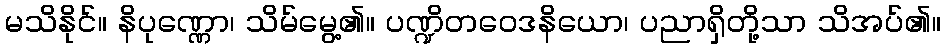
မသိနိုင်။ နိပုဏ္ဏော၊ သိမ်မွေ့၏။ ပဏ္ဍိတဝေဒနိယော၊ ပညာရှိတို့သာ သိအပ်၏။